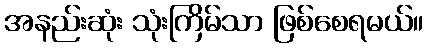
အနည်းဆုံး သုံးကြိမ်သာ ဖြစ်စေရမယ်။